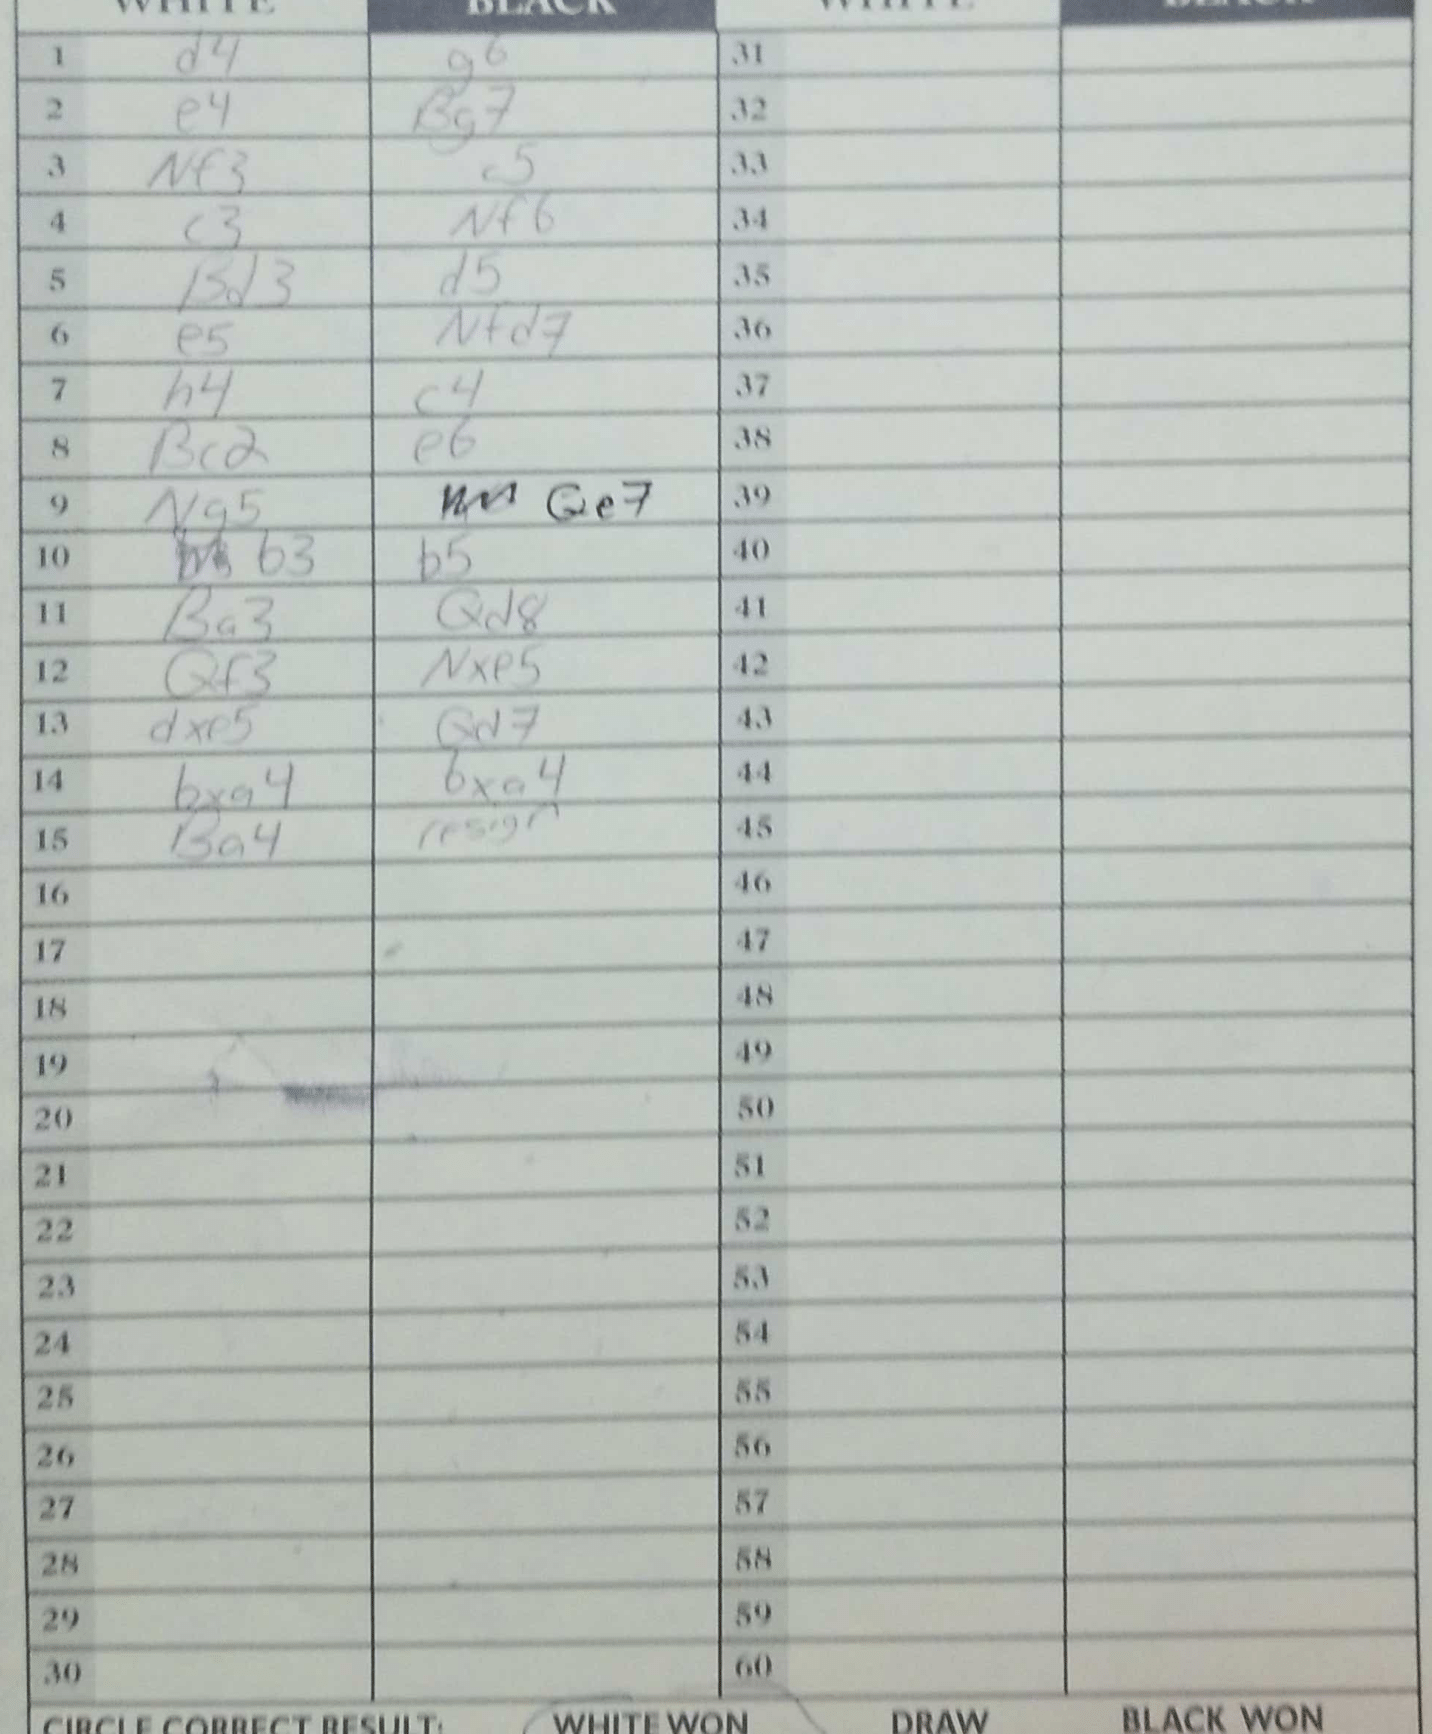
Moves: d4 g6 e4 Bg7 Nf3 c5 c3 Nf6 Bd3 d5 e5 Nfd7 h4 c4 Bc2 e6 Ng5 Qe7 b3 b5 Ba3 Qd8 Qf3 Nxe5 dxe5 Qd7 bxa4 bxa4 Ba4